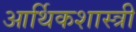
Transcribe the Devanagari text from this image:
आर्थिकशास्त्री